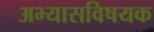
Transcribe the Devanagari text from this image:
अभ्यासविषयक